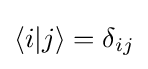
\langle i|j\rangle =\delta _{ij}